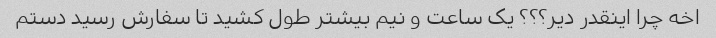
اخه چرا اینقدر دیر؟؟؟ یک ساعت و نیم بیشتر طول کشید تا سفارش رسید دستم